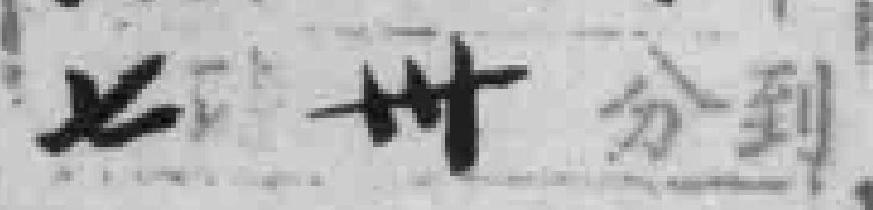
七*卅分到